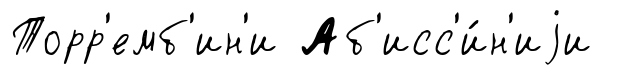
Торр'емб'ин'и Аб'исс'и́н'иjи